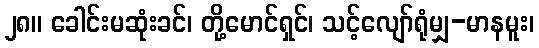
၂၈။ ခေါင်းမဆုံးခင်၊ တို့မောင်ရှင်၊ သင့်လျော်ရုံမျှ-မာနမူး၊